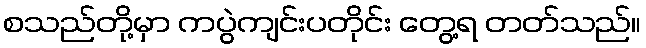
စသည်တို့မှာ ကပွဲကျင်းပတိုင်း တွေ့ရ တတ်သည်။